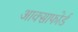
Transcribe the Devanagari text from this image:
आक्साफोर्ड